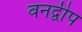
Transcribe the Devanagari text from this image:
वनद्वीप